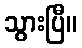
သွားပြီ။